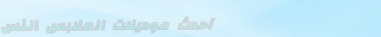
أحدث موديلات الملابس النس